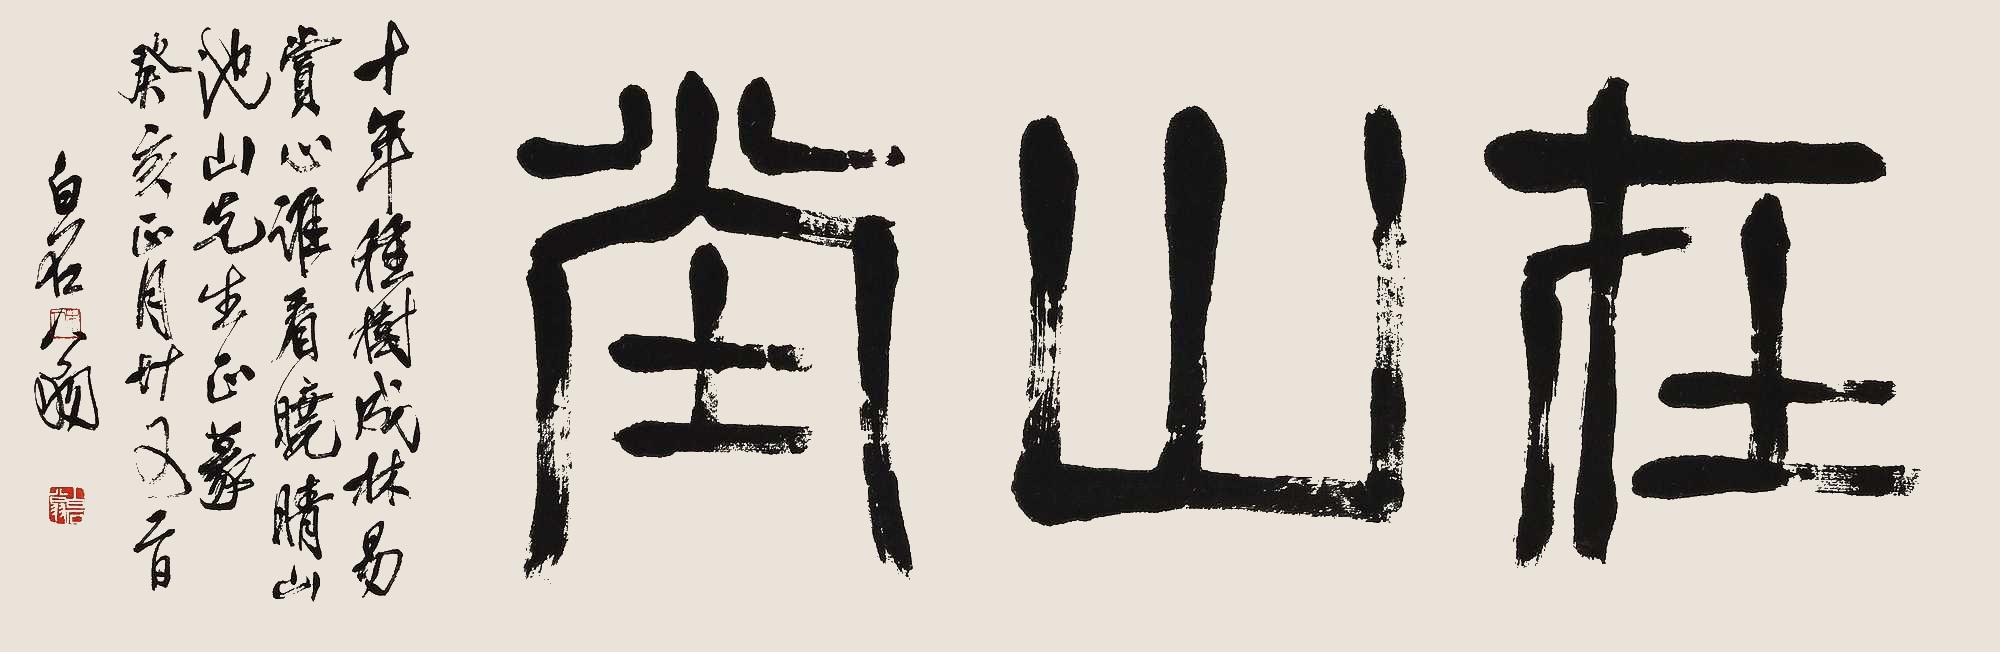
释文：在山堂。十年种树成林易，赏心谁看晓晴山。池山先生正篆，癸亥正月廿又二日，白石翁。